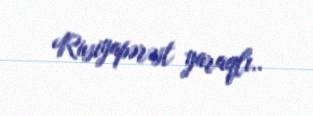
Rusiyapərəst yaraqlı..